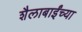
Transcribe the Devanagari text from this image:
शैलाबाईंच्या